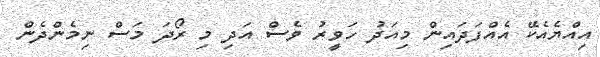
އިއްޔެއެކޭ އެއްފަދައިން މިއަދު ހަވީރު ވެސް އަދި މި ރޯދަ މަސް ނިމެންދެން